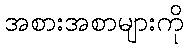
အစားအစာများကို